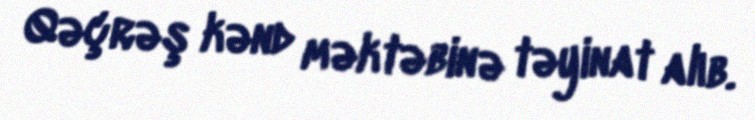
Qəçrəş kənd məktəbinə təyinat alıb.